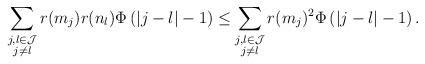
LaTeX: \begin{align*}\sum_{\substack{j,l \in \mathcal{J} \\ j\not=l}}r(m_j)r(n_l)\Phi\left(|j-l|-1 \right) \le \sum_{\substack{j,l \in \mathcal{J} \\ j\not=l}}r(m_j)^{2}\Phi\left(|j-l|-1 \right).\end{align*}